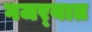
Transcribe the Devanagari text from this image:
गजर्‍यात